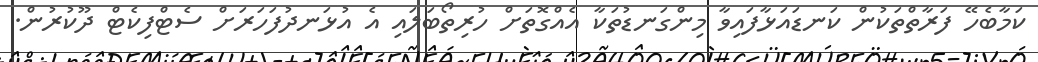
ކަމާބެހޭ ފަރާތްތަކުން ކަނޑައަޅާފައިވާ މިންގަނޑުތަކާ އެއްގޮތަށް ހުރިތޯބަލައި އެ އުޅަނދުފަހަރަށް ސެޓްފިކެޓް ދޫކުރުން.